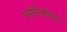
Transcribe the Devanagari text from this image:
प्लास्तिसिटी